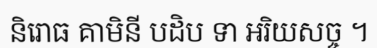
និរោធ គាមិនី បដិប ទា អរិយសច្ច ។